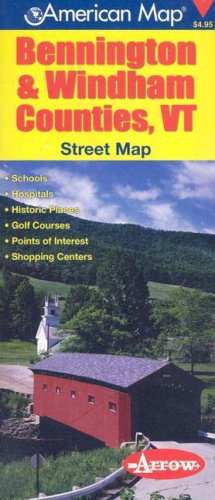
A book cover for American Map Bennington & Windham Counties, VT; American Map Corp.; Travel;